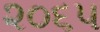
૨૦૬૫